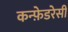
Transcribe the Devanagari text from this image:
कन्फ़ेडरेसी